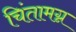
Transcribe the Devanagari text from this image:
चिंतामग्न